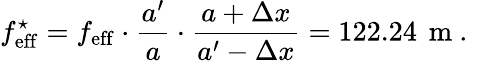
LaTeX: f_{\mathrm{eff}}^{\star}=f_{\mathrm{eff}}\cdot\frac{a^{\prime}}{a}\cdot\frac{a+\Delta x}{a^{\prime}-\Delta x}=122.24\, \mathrm{~m~.~}